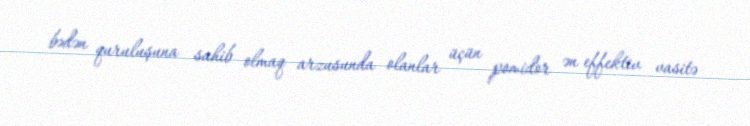
bədən quruluşuna sahib olmaq arzusunda olanlar üçün pomidor ən effektiv vasitə